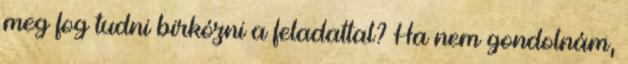
meg fog tudni birkózni a feladattal? Ha nem gondolnám,